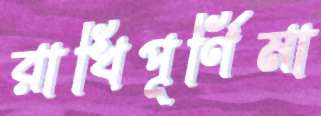
রাখিপূর্ণিমা